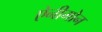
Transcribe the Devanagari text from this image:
ऐनीमोन